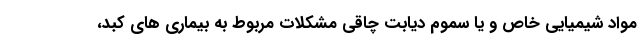
مواد شیمیایی خاص و یا سموم دیابت چاقی مشکلات مربوط به بیماری های کبد،